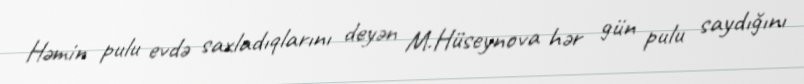
Həmin pulu evdə saxladıqlarını deyən M.Hüseynova hər gün pulu saydığını